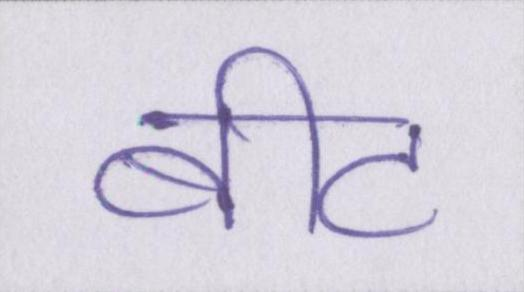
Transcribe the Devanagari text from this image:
बीट